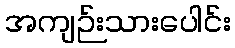
အကျဉ်းသားပေါင်း